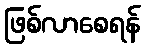
ဖြစ်လာစေရန်